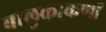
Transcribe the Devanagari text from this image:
बालुकाकणों